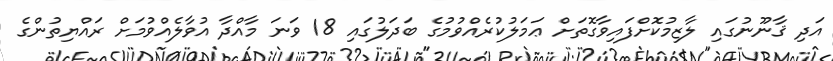
އަދި ޤާނޫނުގައި ލާޒިމުކޮށްފައިވާގޮތަށް ޢަމަލުކުރެއްވުމުގެ ބަދަލުގައި 18 ވަނަ މާއްދާ އުވާލެއްވުމަށް ރައްޔިތުންގެ